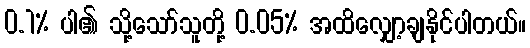
0.1% ပါ၏ သို့သော်သူတို့ 0.05% အထိလျှော့ချနိုင်ပါတယ်။